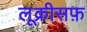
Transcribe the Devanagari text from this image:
लूक्रीसफ़